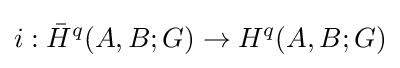
i:{\bar {H}}^{q}(A,B;G)\to H^{q}(A,B;G)